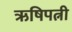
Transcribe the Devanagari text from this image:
ऋषिपत्नी